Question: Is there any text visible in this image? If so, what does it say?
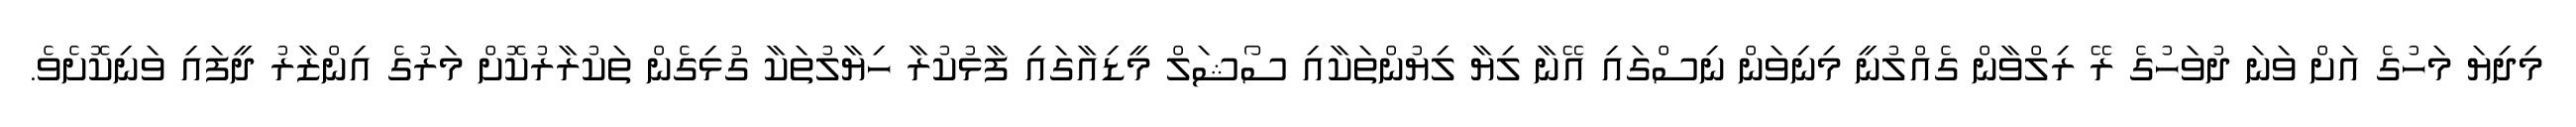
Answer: މިދިޔަ މަހުގެ އަށް ވަނަ ދުވަހުގެ ރޭ ރިލްވާން ގެއްލުނީ މިނިވަން ނިސްގައި އޭނާ ލިޔާ ލިޔުންތަކާއި ސޯޝަލް މީޑިއާގައި ފާޅުކުރާ ހިޔާލުތަކާ ގުޅިގެން ތަކުރާރުކޮށް މަރުގެ އިންޒާރު ދީފައި ވަނިކޮށެވެ.